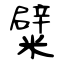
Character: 糪